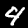
Label: 4